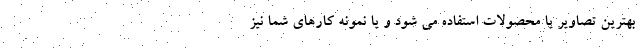
بهترین تصاویر یا محصولات استفاده می شود و یا نمونه کارهای شما نیز